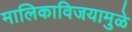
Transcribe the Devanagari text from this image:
मालिकाविजयामुळे